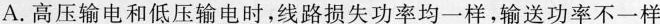
A.高压输电和低压输电时，线路损失功率均一样，输送功率不一样